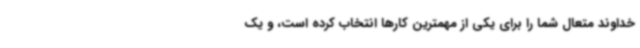
خداوند متعال شما را برای یکی از مهمترین کارها انتخاب کرده است، و یک